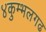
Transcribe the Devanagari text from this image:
४कुम्भलगढ